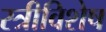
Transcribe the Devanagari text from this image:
स्त्रीविशेष